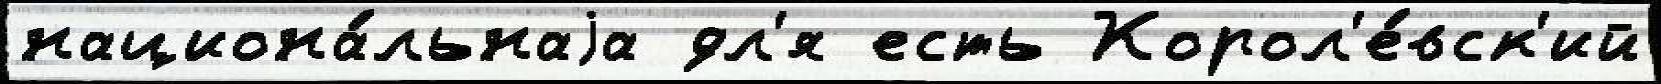
национа́льнаjа дл'я есть Корол'е́вск'ий